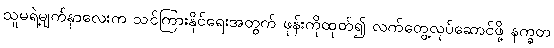
သူမရဲ့မျက်နှာလေးက သင်ကြားနိုင်ရေးအတွက် ဖုန်းကိုထုတ်၍ လက်တွေ့လုပ်ဆောင်ဖို့ နက္ခတ